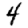
Digit: 4